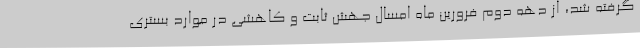
گرفته شد، از دهه دوم فرورین ماه امسال جهش ثابت و کاهشی در موارد بستری